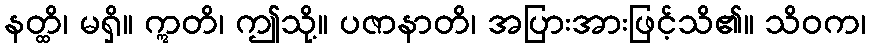
နတ္ထိ၊ မရှိ။ ဣတိ၊ ဤသို့။ ပဇာနာတိ၊ အပြားအားဖြင့်သိ၏။ သိဝက၊